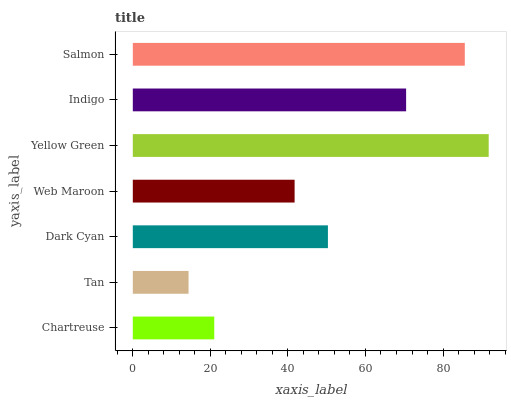
| yaxis_label | bars |
 | --- | --- |
 | Chartreuse | 21 |
 | Tan | 14.4 |
 | Dark Cyan | 50.3 |
 | Web Maroon | 41.7 |
 | Yellow Green | 91.8 |
 | Indigo | 70.5 |
 | Salmon | 85.6 |